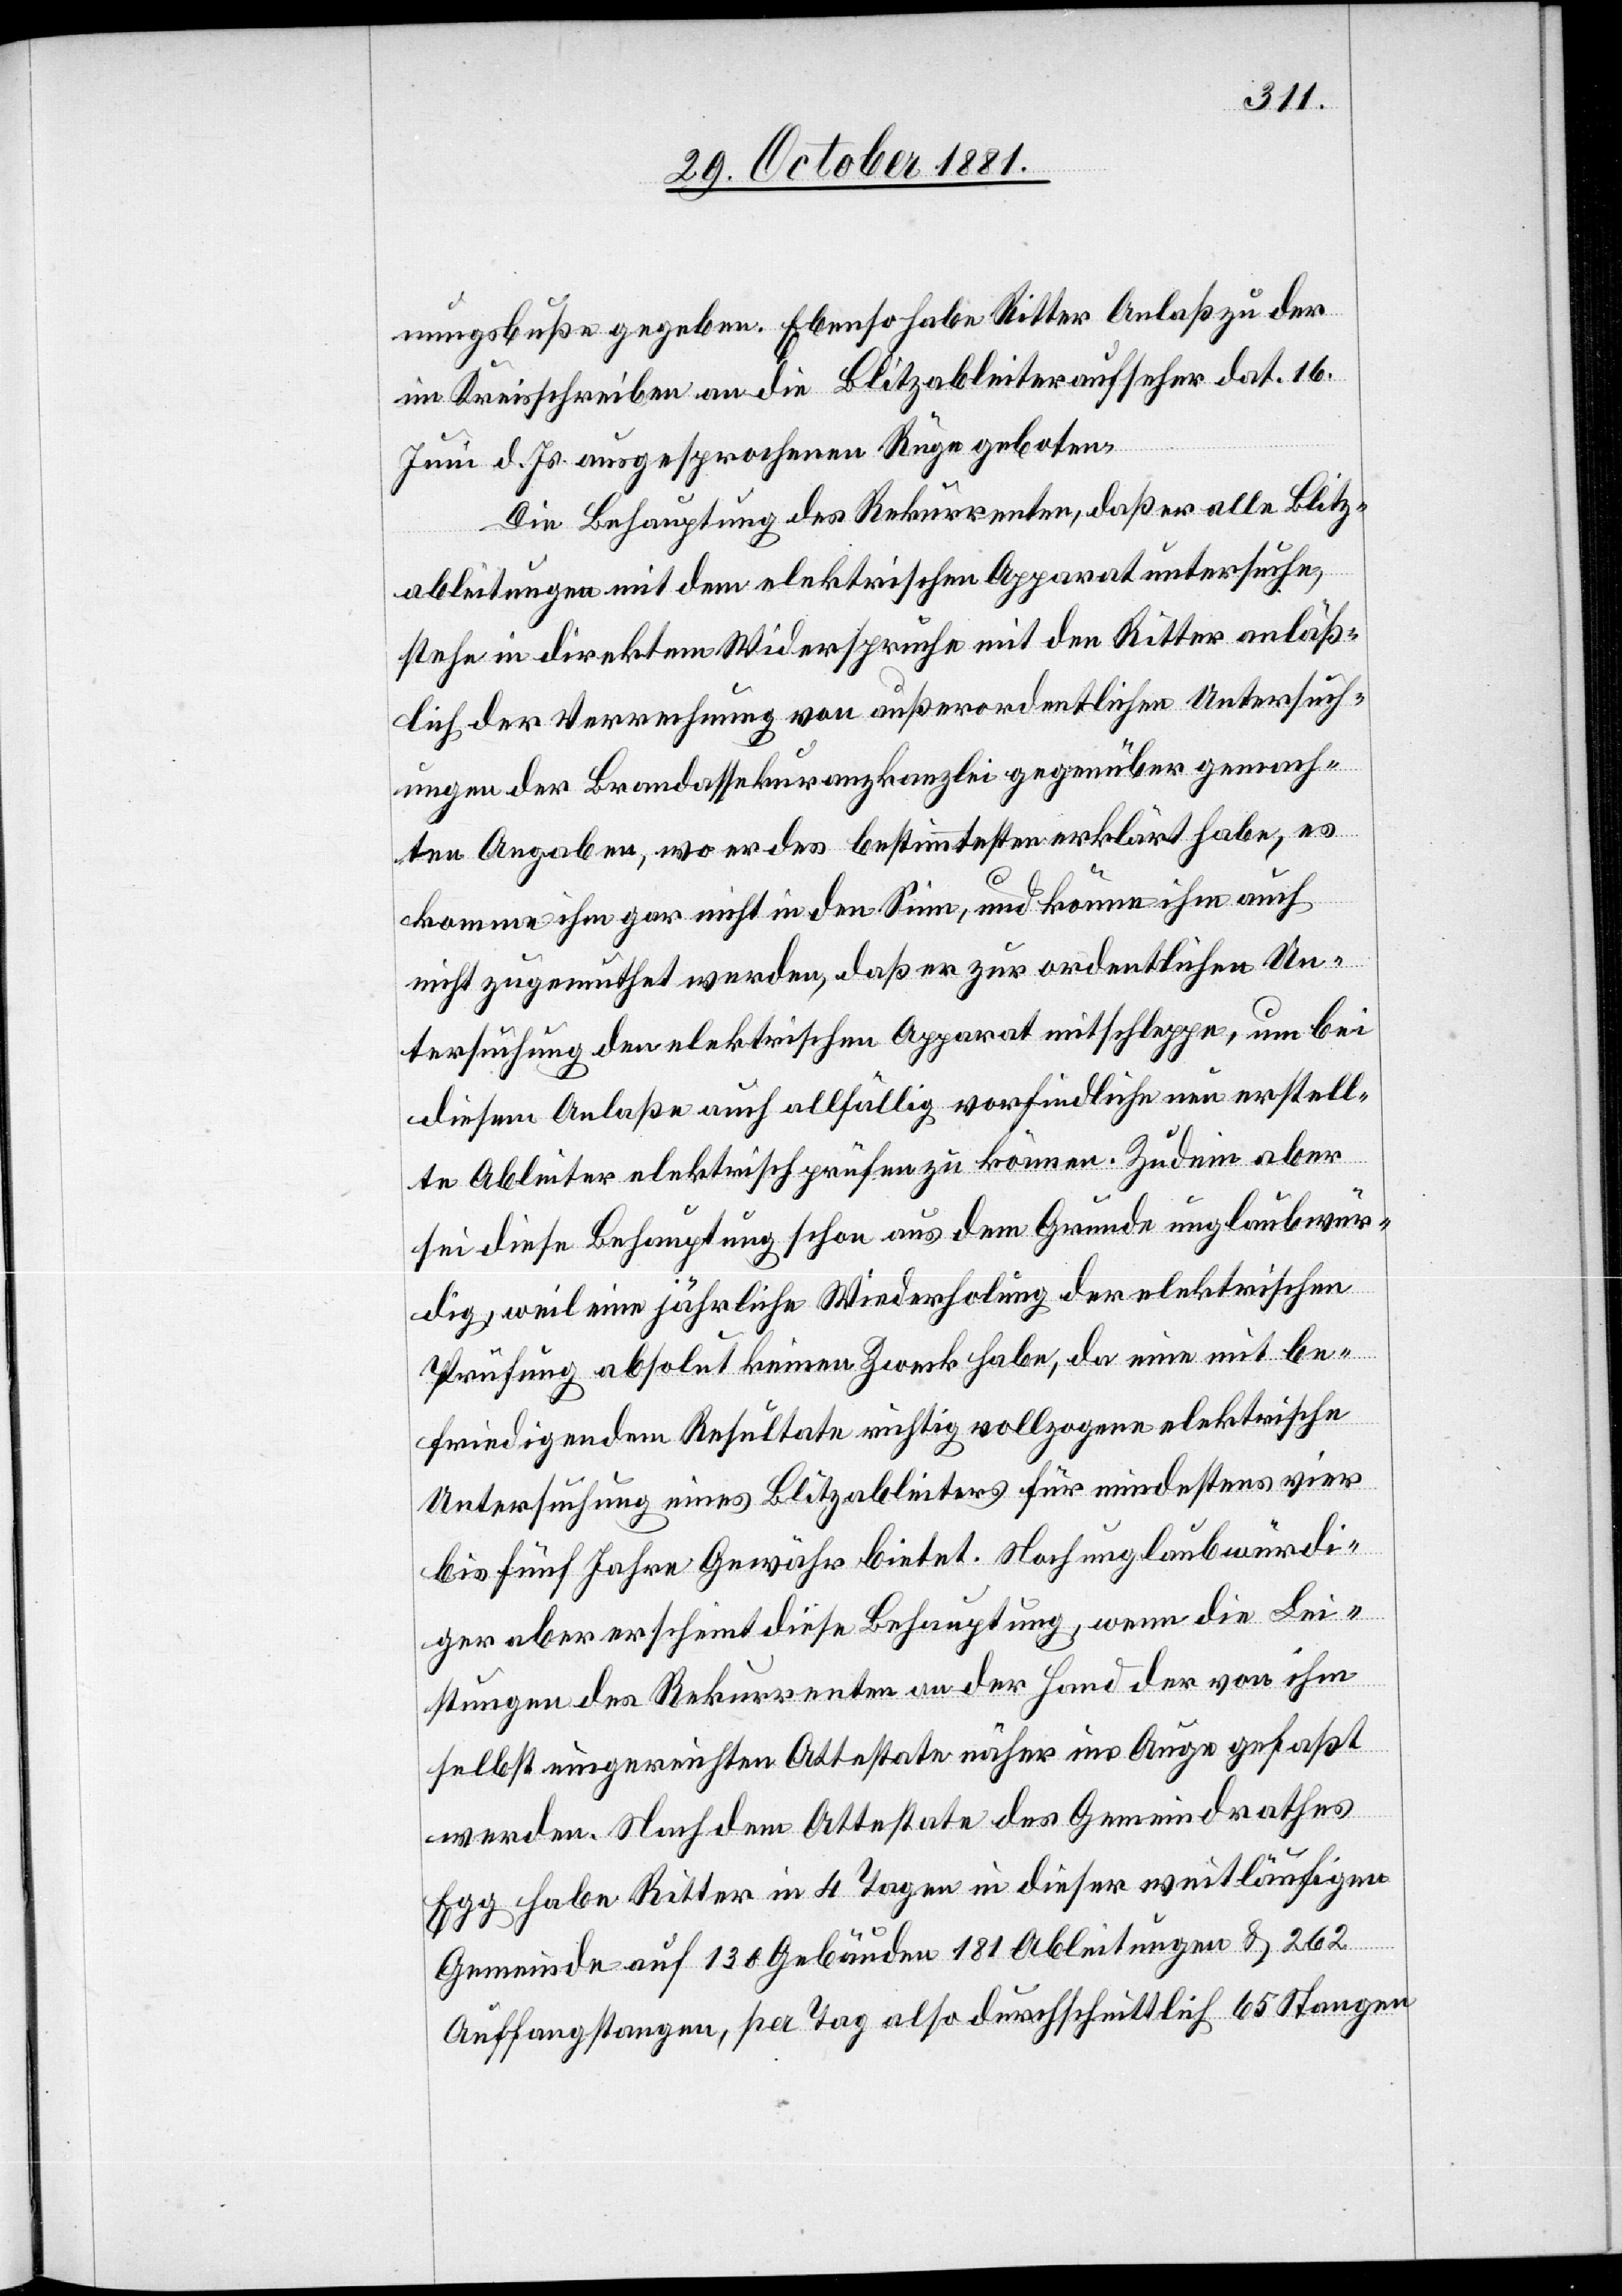
nungsbußen gegeben. Ebenso habe Ritter Anlaß zu der
im Kreisschreiben an die Blitzableiteraufseher dat. 16.
Juni d. Js. ausgesprochenen Rüge geboten.
Die Behauptung des Rekurrenten, daß er alle Blitz¬
ableitungen mit dem elektrischen Apparat untersuche,
stehe in direktem Widerspruche mit den Ritter anläß¬
lich der Verrechnung von außerordentlichen Untersuch¬
ungen der Brandassekuranzkanzlei gegenüber gemach¬
ten Angaben, wo er des bestimmtesten erklärt habe, es
komme ihm gar nicht in den Sinn, und könne ihm auch
nicht zugemuthet werden, daß er zur ordentlichen Un¬
tersuchung den elektrischen Apparat mitschleppe, um bei
diesem Anlaße auch allfällig vorfindliche neu erstell¬
te Ableiter elektrisch prüfen zu können. Zudem aber
sei diese Behauptung schon aus dem Grunde unglaubwür¬
dig, weil eine jährliche Wiederholung der elektrischen
Prüfung absolut keinen Zweck habe, da eine mit be¬
friedigendem Resultate richtig vollzogene elektrische
Untersuchung eines Blitzableiters für mindestens vier
bis fünf Jahre Gewähr bietet. Noch unglaubwürdi¬
ger aber erscheint diese Behauptung, wenn die Lei¬
stungen des Rekurrenten an der Hand der von ihm
selbst eingereichten Attestate näher ins Auge gefaßt
werden. Nach dem Attestate des Gemeindrathes
Egg habe Ritter in 4 Tagen in dieser weitläufigen
Gemeinde auf 130 Gebäuden 181 Ableitungen & 262
Auffangstangen, per Tag also durchschnittlich 65 Stangen